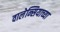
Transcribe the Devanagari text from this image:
वालेन्सियाच्या